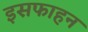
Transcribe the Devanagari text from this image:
इसफाहन